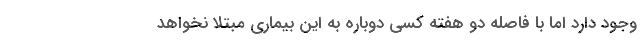
وجود دارد اما با فاصله دو هفته کسی دوباره به این بیماری مبتلا نخواهد